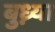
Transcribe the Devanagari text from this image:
बुध्न्या